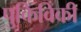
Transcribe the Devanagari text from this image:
पुकिविकी